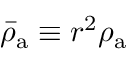
\bar { \rho } _ { \mathrm { a } } \equiv r ^ { 2 } \rho _ { \mathrm { a } }